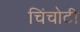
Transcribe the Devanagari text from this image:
चिंचोटी